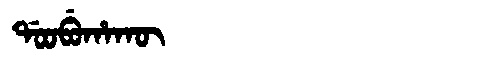
Manchu: ᡩᠣᠣᠪᡠᡥᠠᡴᡡ
Romanization: DOOBUHAKŪ